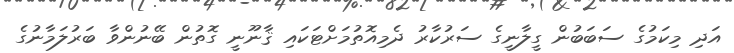
އަދި މިކަމުގެ ސަބަބުން ގީލާނީގެ ސަރުކާރު ދެމިއޮތުމަށްޓަކައި ޤާނޫނީ ގޮތުން ބޭނުންވާ ބަރުލަމާނުގެ